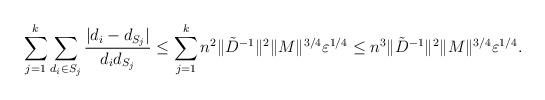
LaTeX: \begin{align*} \sum_{j=1}^k \sum_{d_i\in S_j} \frac{|d_i-d_{S_j}|}{d_id_{S_j}} \leq \sum_{j=1}^k n^2\|\tilde{D}^{-1}\|^2\|M\|^{3/4}\varepsilon^{1/4} \leq n^3\|\tilde{D}^{-1}\|^2\|M\|^{3/4}\varepsilon^{1/4}.\end{align*}